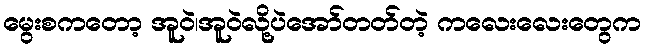
မွေးစကတော့ အူဝဲ၊အူဝဲလို့ပဲအော်တတ်တဲ့ ကလေးလေးတွေက